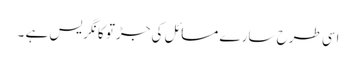
اسی طرح سارے مسائل کی جڑتو کانگریس ہے ۔